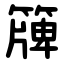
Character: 簰